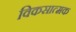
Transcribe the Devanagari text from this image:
विकसात्मक